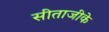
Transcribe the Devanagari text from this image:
सीताजीके